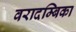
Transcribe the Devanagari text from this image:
वरादम्बिका